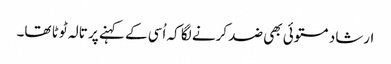
ارشاد مستوئی بھی ضد کرنے لگا کہ اُسی کے کہنے پر تالہ ٹوٹا تھا۔